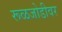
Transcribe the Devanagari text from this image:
रूळजोडीवर